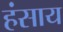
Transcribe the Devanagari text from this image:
हंसाय